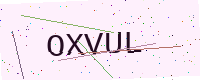
Text: OXVUL